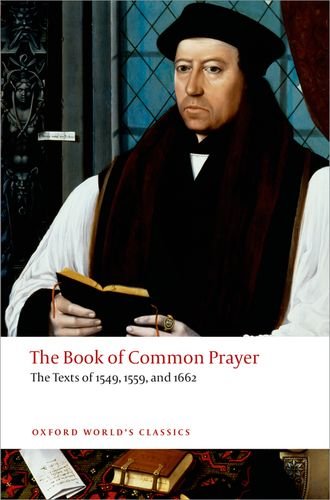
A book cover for The Book of Common Prayer: The Texts of 1549, 1559, and 1662 (Oxford World's Classics); Brian Cummings; Christian Books & Bibles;